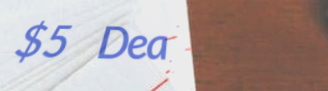
$5 Deal